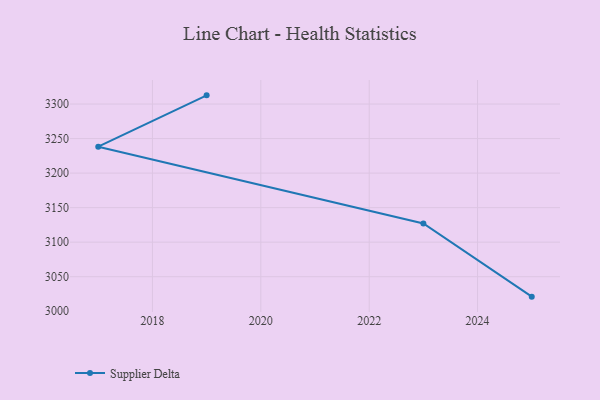
{"axis": {"x": "Year", "y": "Market Share (%)"}, "legend": ["Supplier Delta"], "data": [{"x": "2025", "y": 3021.1, "type": "Supplier Delta"}, {"x": "2023", "y": 3127.1, "type": "Supplier Delta"}, {"x": "2017", "y": 3238.3, "type": "Supplier Delta"}, {"x": "2019", "y": 3312.6, "type": "Supplier Delta"}]}